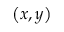
\left( x , y \right)